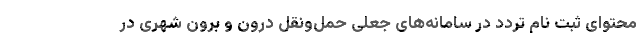
محتوای ثبت نام تردد در سامانه‌های جعلی حمل‌ونقل درون و برون شهری در